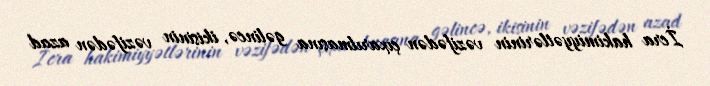
İcra hakimiyyətlərinin vəzifədən çıxarılmasına gəlincə, ikisinin vəzifədən azad